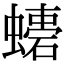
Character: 𧑠